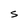
Character: S